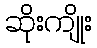
ဆိုးကျိုး